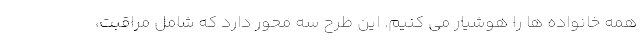
همه خانواده ها را هوشیار می کنیم. این طرح سه محور دارد که شامل مراقبت،